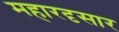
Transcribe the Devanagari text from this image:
महारदृसार